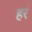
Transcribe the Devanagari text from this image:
हरं